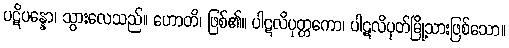
ပဋိပန္နော၊ သွားလေသည်။ ဟောတိ၊ ဖြစ်၏။ ပါဋလိပုတ္တကော၊ ပါဋလိပုတ်မြို့သားဖြစ်သော။